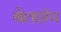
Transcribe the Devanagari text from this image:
बेलहॉप